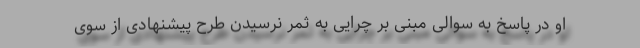
او در پاسخ به سوالی مبنی بر چرایی به ثمر نرسیدن طرح پیشنهادی از سوی